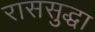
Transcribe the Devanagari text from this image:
राससुद्धा